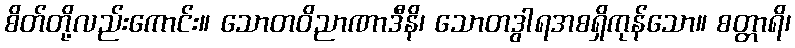
စိတ်တို့လည်းကောင်း။ သောတဝိညာဏာဒီနိ၊ သောတဒွါရအစရှိကုန်သော။ စတ္တာရိ၊